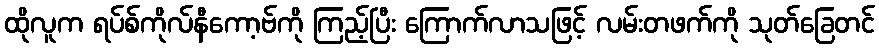
ထိုလူက ရပ်စ်ကိုလ်နီကော့ဗ်ကို ကြည့်ပြီး ကြောက်လာသဖြင့် လမ်းတဖက်ကို သုတ်ခြေတင်